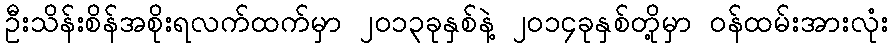
ဦးသိန်းစိန်အစိုးရလက်ထက်မှာ ၂၀၁၃ခုနှစ်နဲ့ ၂၀၁၄ခုနှစ်တို့မှာ ဝန်ထမ်းအားလုံး